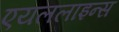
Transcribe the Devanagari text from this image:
एयललाइन्स